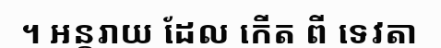
។ អន្តរាយ ដែល កើត ពី ទេវតា